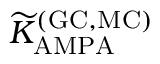
{ \widetilde K } _ { \mathrm { A M P A } } ^ { \mathrm { ( G C , M C ) } }